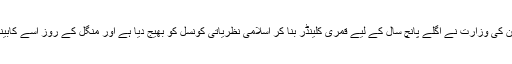
وزیر سائینس اینڈ ٹیکنالوجی نے کہا کہ ان کی وزارت نے اگلے پانچ سال کے لیے قمری کلینڈر بنا کر اسلامی نظریاتی کونسل کو بھیج دیا ہے اور منگل کے روز اسے کابینہ کے اجلاس میں بھی پیش کیا جائے گا۔